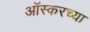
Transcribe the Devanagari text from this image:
आॅस्करच्या